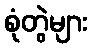
စုံတွဲများ